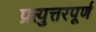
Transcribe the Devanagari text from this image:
प्रत्युत्तरपूर्ण